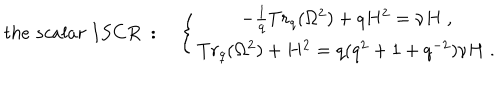
t h e \; s c a l a r \; I S C R \; : \quad \left\{ \begin{array} { c } { { - \frac { 1 } { q } T r _ { q } ( \Omega ^ { 2 } ) + q H ^ { 2 } = \nu H \; , } } \\ { { T r _ { q } ( \Omega ^ { 2 } ) + H ^ { 2 } = q ( q ^ { 2 } + 1 + q ^ { - 2 } ) \nu H \; . } } \\ \end{array} \right.